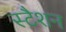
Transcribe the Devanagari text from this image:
स्टैशन